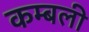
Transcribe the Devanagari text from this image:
कम्बली